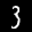
Label: 3